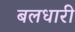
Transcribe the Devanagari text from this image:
बलधारी